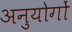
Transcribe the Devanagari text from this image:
अनुयोगों